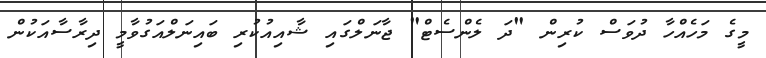
މީގެ މަހެއްހާ ދުވަސް ކުރިން "ދަ ލެންސެޓް" ޖާނަލްގައި ޝާއިއުކުރި ބައިނަލްއަގުވާމީ ދިރާސާއަކުން